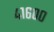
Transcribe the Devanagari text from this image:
४१६००